Scottish Leaving Certificate Examination, 1959
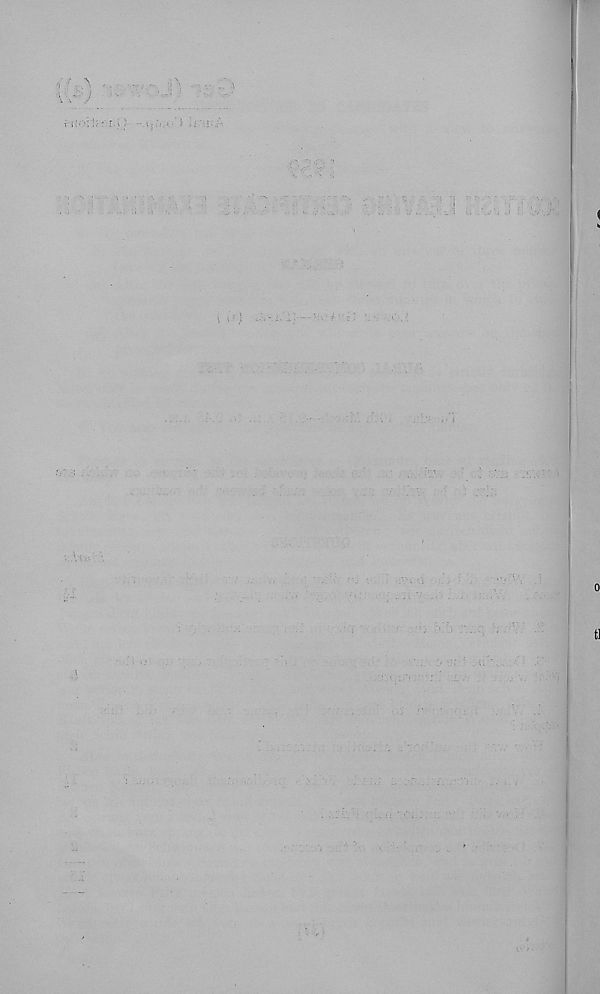
i i'.-v;-;.- I 1 : ■■
: i i;-. :j. A
\ i r)
f
:/
:-.r
.
.cL/i ■■:ci
a